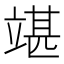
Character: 𥪘